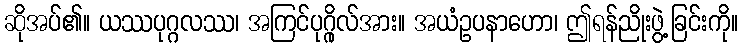
ဆိုအပ်၏။ ယဿပုဂ္ဂလဿ၊ အကြင်ပုဂ္ဂိုလ်အား။ အယံဥပနာဟော၊ ဤရန်ညိုးဖွဲ့ခြင်းကို။